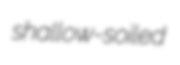
shallow-soiled